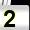
Digit: 2